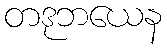
တဒုဘယေန